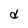
Character: d